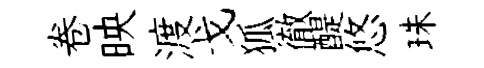
卷映渡戈狐徹醍悠珠